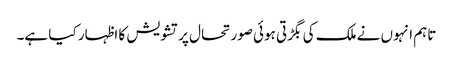
تاہم انہوں نے ملک کی بگڑتی ہوئی صورتحال پر تشویش کا اظہار کیا ہے۔